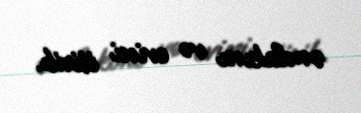
əmlakını və evini itirib.